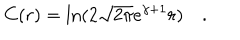
LaTeX: C ( r ) = \ln ( 2 \sqrt { 2 \pi } e ^ { \gamma + 1 } r ) \quad .